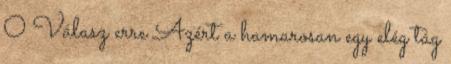
0 Válasz erre Azért a hamarosan egy elég tág